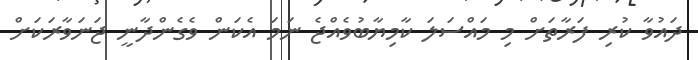
ދައުވާ ކުރި ފަރާތަށް މި މައްސަލަ ކާމިޔާބުވެއްޖެ ނަމަ އެކަން ވެގެންދާނީ ޖަނަވާރަކަށް